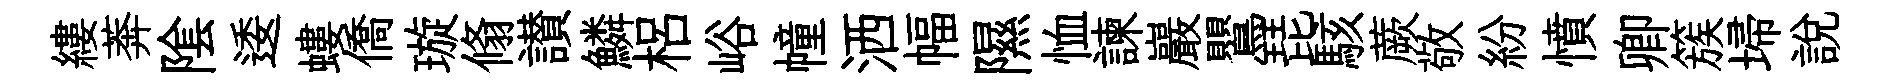
縷莾隂逶螻僑璇翛讃鱗梠峪幢洒幅隰恤諫巖鸎琵駭蕨敬紛憤卿簇埽說